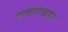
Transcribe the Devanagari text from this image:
कळसाकडून